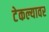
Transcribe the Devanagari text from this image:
टेकल्यावर